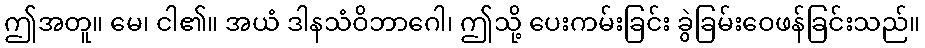
ဤအတူ။ မေ၊ ငါ၏။ အယံ ဒါနသံဝိဘာဂေါ၊ ဤသို့ ပေးကမ်းခြင်း ခွဲခြမ်းဝေဖန်ခြင်းသည်။